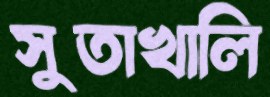
সুতাখালি